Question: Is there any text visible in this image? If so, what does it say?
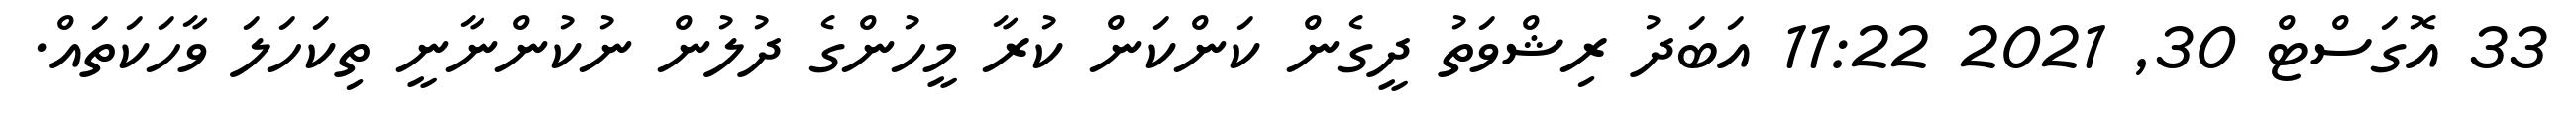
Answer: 33 އޮގަސްޓް 30, 2021 11:22 އަބަދު ރިޝްވަތު ދީގެން ކަންކަން ކުރާ މީހުންގެ ދުލުން ނުކުންނާނީ ތިކަހަލަ ވާހަކަތައް.